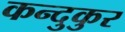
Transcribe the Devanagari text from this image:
कन्दुकुर